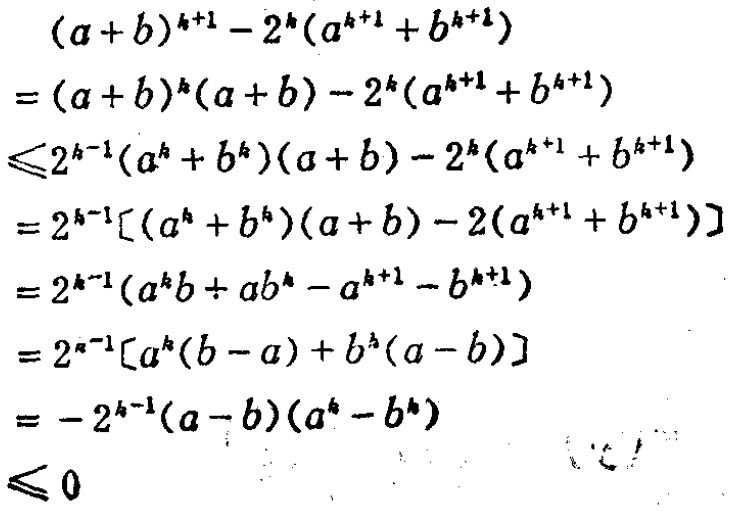
\begin{align*}
&(a + b)^{k + 1}-2^{k}(a^{k + 1}+b^{k + 1})\\
=&(a + b)^{k}(a + b)-2^{k}(a^{k + 1}+b^{k + 1})\\
\leqslant&2^{k - 1}(a^{k}+b^{k})(a + b)-2^{k}(a^{k + 1}+b^{k + 1})\\
=&2^{k - 1}[(a^{k}+b^{k})(a + b)-2(a^{k + 1}+b^{k + 1})]\\
=&2^{k - 1}(a^{k}b+ab^{k}-a^{k + 1}-b^{k + 1})\\
=&2^{k - 1}[a^{k}(b - a)+b^{k}(a - b)]\\
=&-2^{k - 1}(a - b)(a^{k}-b^{k})\\
\leqslant&0
\end{align*}